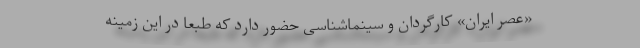
«عصر ایران» کارگردان و سینما‌شناسی حضور دارد که طبعا در این زمینه